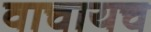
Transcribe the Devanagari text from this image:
वाचायच